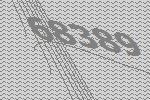
68389